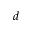
d